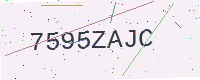
Text: 7595ZAJC